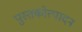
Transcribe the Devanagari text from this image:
पुस्तकोत्पादन